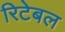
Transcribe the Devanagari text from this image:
रिटेबल